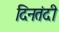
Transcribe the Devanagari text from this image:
दिनतंदी